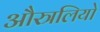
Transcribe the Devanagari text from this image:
औस्त्रलियो